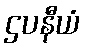
ဌပနီယံ